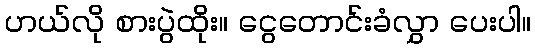
ဟယ်လို စားပွဲထိုး။ ငွေတောင်းခံလွှာ ပေးပါ။